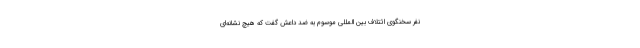
نفر سخنگوی ائتلاف بین المللی موسوم به ضد داعش گفت که هیچ نشانه‌ای